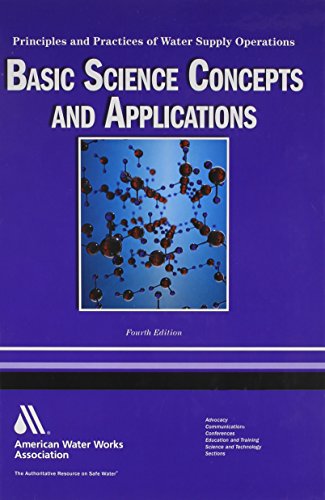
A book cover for WSO Basic Science Concepts and Application: Principles and Practices of Water Supply Operations; Nicholas G. Pizzi; Science & Math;